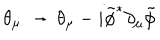
\theta _ { \mu } \, \to \, \theta _ { \mu } - i { \tilde { \phi } } ^ { * } \partial _ { \mu } { \tilde { \phi } }